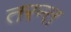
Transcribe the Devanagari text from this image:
तरन्त